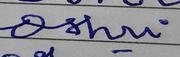
Signature authenticity: forged